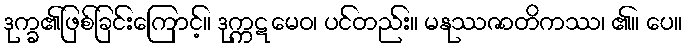
ဒုက္ခ၏ဖြစ်ခြင်းကြောင့်။ ဒုက္ကဋမေဝ၊ ပင်တည်း။ မနုဿဇာတိကဿ၊ ၏။ ပေ။